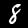
Digit: 8